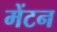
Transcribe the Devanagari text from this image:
मेंटन